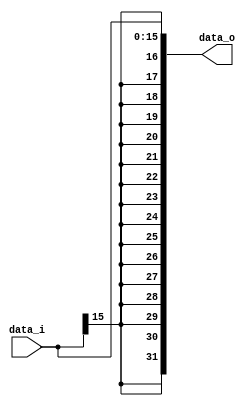
module Sign_Extend( data_i, data_o );

//I/O ports
input	[16-1:0] data_i;
output	[32-1:0] data_o;

//Internal Signals
wire	[32-1:0] data_o;

//Sign extended
/*your code here*/

assign data_o = {{16{data_i[15]}}, data_i[15:0]};

endmodule